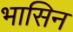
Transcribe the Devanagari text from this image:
भासिन